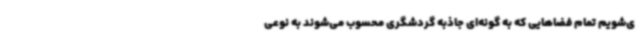
ی‌شویم تمام فضاهایی که به گونه‌ای جاذبه گردشگری محسوب می‌شوند به نوعی